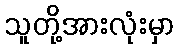
သူတို့အားလုံးမှာ